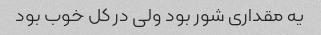
یه مقداری شور بود ولی در کل خوب بود